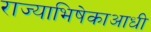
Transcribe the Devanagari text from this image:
राज्याभिषेकाआधी